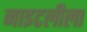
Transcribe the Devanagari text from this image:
नाइटलीला